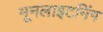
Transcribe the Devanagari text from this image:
मूनलाइटनिंग